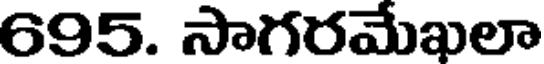
695. సాగరమేఖలా